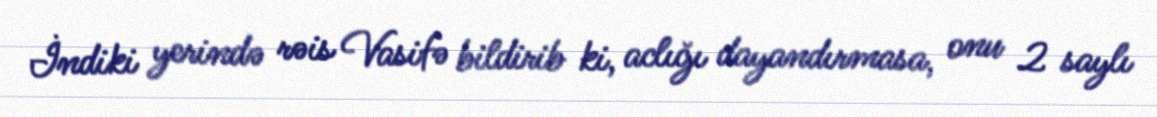
İndiki yerində rəis Vasifə bildirib ki, aclığı dayandırmasa, onu 2 saylı